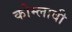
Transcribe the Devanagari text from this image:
कोम्लावी